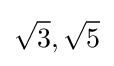
{\sqrt {3}},{\sqrt {5}}